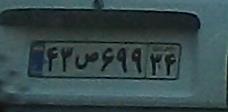
۴۳ص۶۹۹۳۴